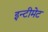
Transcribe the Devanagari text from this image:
इन्टीमेट